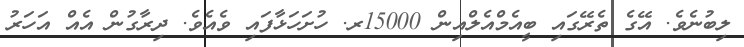
ލިބުނެވެ. އޭގެ ތެރޭގައި ބީއެމްއެލްއިން 15000ރ. ހުށަހަޅާފައި ވެއެވެ. ދިރާގުން އެއް އަހަރު